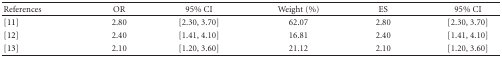
| References | OR | 95% CI | Weight (%) | ES | 95% CI |
 | --- | --- | --- | --- | --- | --- |
 | [11] | 2.80 | [2.30, 3.70] | 62.07 | 2.80 | [2.30, 3.70] |
 | [12] | 2.40 | [1.41, 4.10] | 16.81 | 2.40 | [1.41, 4.10] |
 | [13] | 2.10 | [1.20, 3.60] | 21.12 | 2.10 | [1.20, 3.60] |